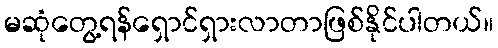
မဆုံတွေ့ရန်ရှောင်ရှားလာတာဖြစ်နိုင်ပါတယ်။